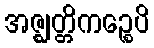
အဇ္ဈတ္တိကဉ္စေပိ